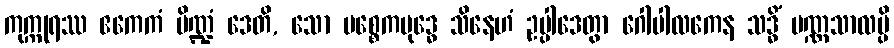
ကုက္ကုရဿ ဧကေကံ ပိဏ္ဍံ ဒေတိ, သော ပစ္စေကဗုဒ္ဓေ သိနေဟံ ဥပ္ပါဒေတွာ ဂေါပါလကေန သဒ္ဓိံ ပဏ္ဏသာလမ္ပိ